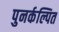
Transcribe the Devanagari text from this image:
पुनर्कल्पित